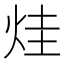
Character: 烓